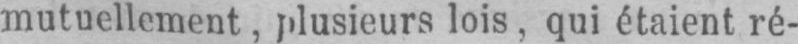
mutuellement, plusieurs lois, qui étaient ré-